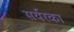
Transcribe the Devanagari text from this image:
सर्यरका